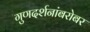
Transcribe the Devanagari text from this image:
गुणदर्शनांबरोबर